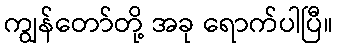
ကျွန်တော်တို့ အခု ရောက်ပါပြီ။